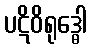
ပဋိဝိရုဒ္ဓေါ